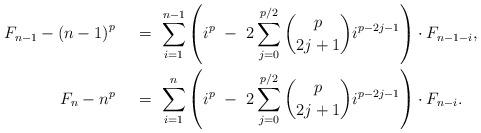
LaTeX: \begin{align*}F_{n-1} - {(n-1)}^{p}\,\,\,\,\, \ &= \ \sum_{i=1}^{n-1} \left(i^{p} \ - \ 2\sum_{j=0}^{p/2} \binom{p}{2j+1} i^{p-2j-1} \right) \cdot F_{n-1-i}, \\F_n - n^{p}\,\,\,\,\, \ &= \ \sum_{i=1}^{n} \left(i^{p} \ - \ 2\sum_{j=0}^{p/2} \binom{p}{2j+1} i^{p-2j-1} \right) \cdot F_{n-i}. \end{align*}